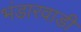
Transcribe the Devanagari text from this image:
भंडारवाडी